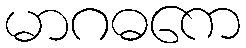
မာဂဓကေ